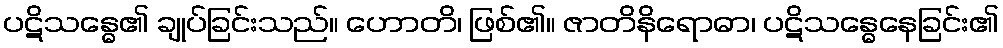
ပဋိသန္ဓေ၏ ချုပ်ခြင်းသည်။ ဟောတိ၊ ဖြစ်၏။ ဇာတိနိရောဓာ၊ ပဋိသန္ဓေနေခြင်း၏